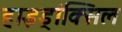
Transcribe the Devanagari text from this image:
हाइड्रांक्सिल